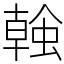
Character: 螒